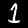
Label: 1